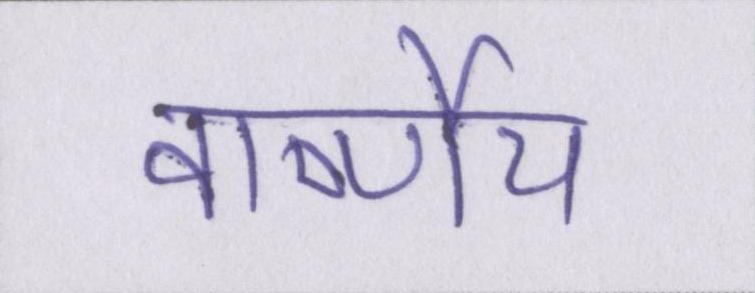
वार्ष्णेय